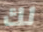
لك